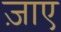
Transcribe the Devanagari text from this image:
ज़ाए